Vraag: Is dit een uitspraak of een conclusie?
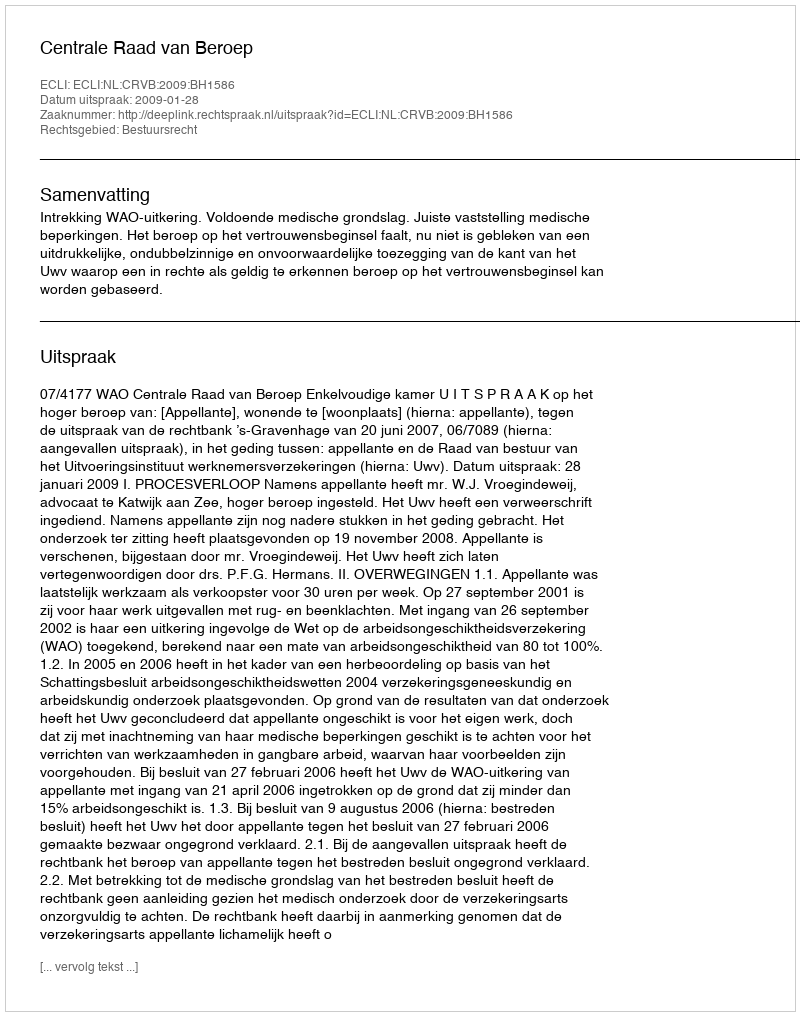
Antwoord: Uitspraak